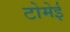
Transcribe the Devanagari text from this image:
टोमेई